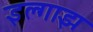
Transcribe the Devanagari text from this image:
इल्गाझ